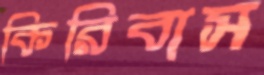
কিরিবাস